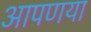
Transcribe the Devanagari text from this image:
आपणया